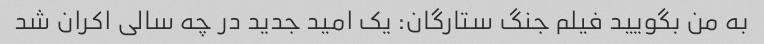
به من بگویید فیلم جنگ ستارگان: یک امید جدید در چه سالی اکران شد